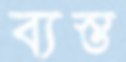
ব্যস্ত